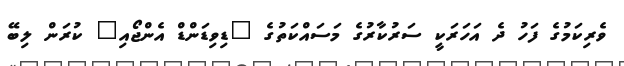
ވެރިކަމުގެ ފަހު ދެ އަހަރަކީ ސަރުކާރުގެ މަސައްކަތުގެ "ޑިވިޑަންޑް އެންޖޯއި" ކުރަން ލިބޭ